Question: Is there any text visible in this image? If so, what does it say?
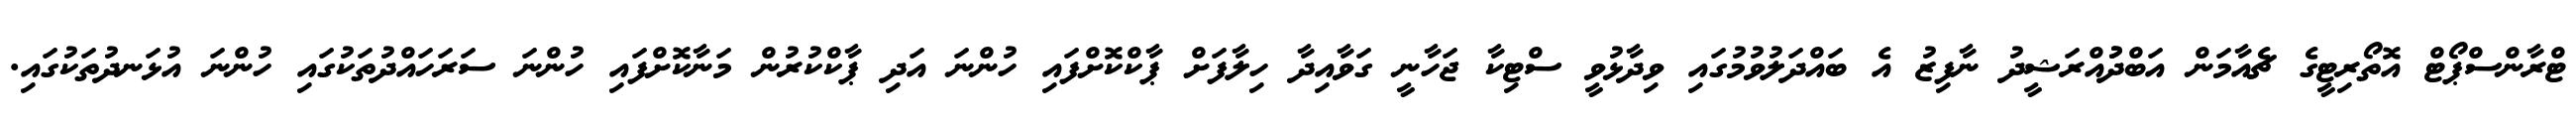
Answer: ޓްރާންސްޕޯޓް އޮތޯރިޓީގެ ޗެއާމަން އަބްދުުއްރަޝީދު ނާފިޒު އެ ބައްދަލުވުމުގައި ވިދާޅުވީ ސްޓިކާ ޖަހާނީ ގަވާއިދާ ހިލާފަށް ޕާކްކޮށްފައި ހުންނަ އަދި ޕާކްކުރުން މަނާކޮށްފައި ހުންނަ ސަރަހައްދުތަކުގައި ހުންނަ އުޅަނދުތަކުގައި.